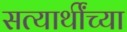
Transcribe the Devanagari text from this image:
सत्यार्थींच्या